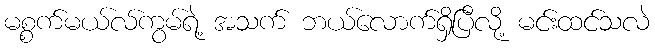
မစ္စက်မယ်လ်ကွမ်ရဲ့ အသက် ဘယ်လောက်ရှိပြီလို့ မင်းထင်သလဲ